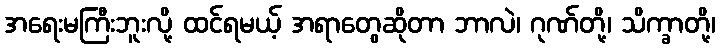
အရေးမကြီးဘူးလို့ ထင်ရမယ့် အရာတွေဆိုတာ ဘာလဲ၊ ဂုဏ်တို့၊ သိက္ခာတို့၊